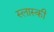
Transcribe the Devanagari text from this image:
स्लास्की